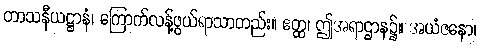
တာသနီယဋ္ဌာနံ၊ ကြောက်လန့်ဖွယ်ရာသာတည်း။ ဧတ္ထ၊ ဤအရာဌာန၌။ အယံဇနော၊